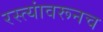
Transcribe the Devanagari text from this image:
रस्त्यांवरूनच